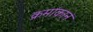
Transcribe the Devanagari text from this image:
क्रमांकानं